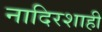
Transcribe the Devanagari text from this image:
नादिरशाही